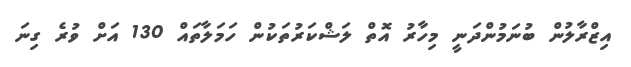
އިޒްރާލުން ބުނަމުންދަނީ މިހާރު އޮތް ލަޝްކަރުތަކުން ހަމަލާތައް 130 އަށް ވުރެ ގިނަ